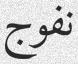
نفوج